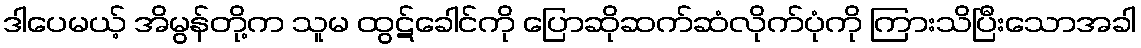
ဒါပေမယ့် အိမွန်တို့က သူမ ထွဋ်ခေါင်ကို ပြောဆိုဆက်ဆံလိုက်ပုံကို ကြားသိပြီးသောအခါ